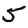
Digit: 5